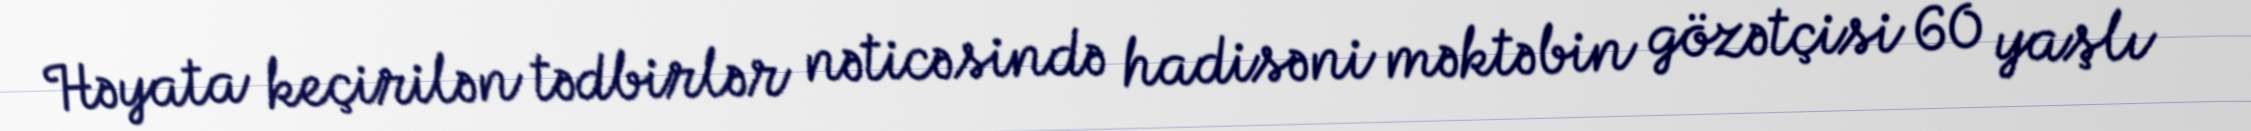
Həyata keçirilən tədbirlər nəticəsində hadisəni məktəbin gözətçisi 60 yaşlı